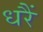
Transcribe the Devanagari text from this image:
धरैं